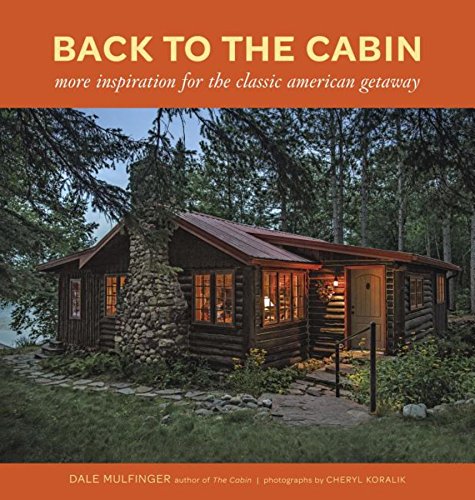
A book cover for Back to the Cabin: More Inspiration for the Classic American Getaway; Dale Mulfinger; Crafts, Hobbies & Home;